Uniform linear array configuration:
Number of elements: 32
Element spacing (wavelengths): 0.75
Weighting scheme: exponential
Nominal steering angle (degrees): -60
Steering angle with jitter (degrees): -59.042
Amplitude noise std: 0.05
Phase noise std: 0.05

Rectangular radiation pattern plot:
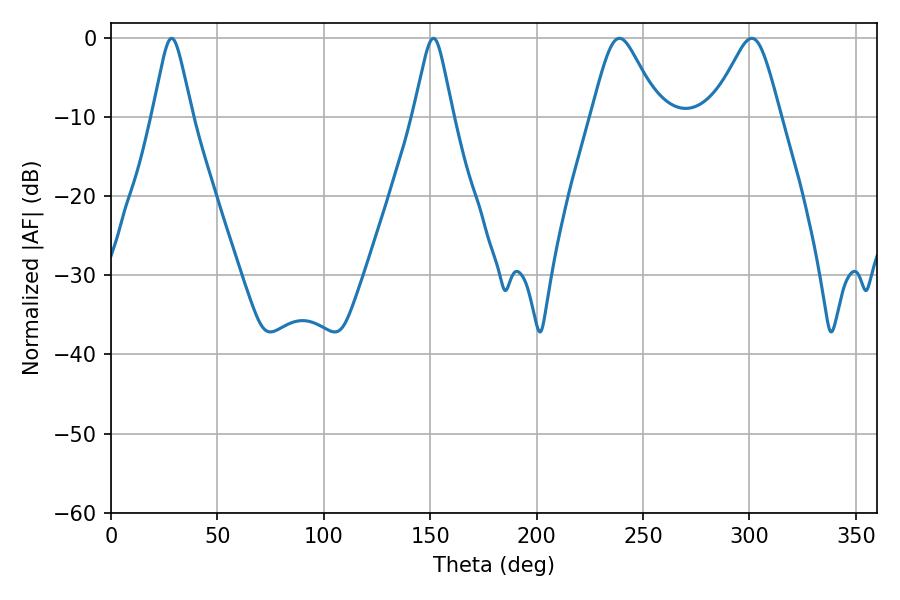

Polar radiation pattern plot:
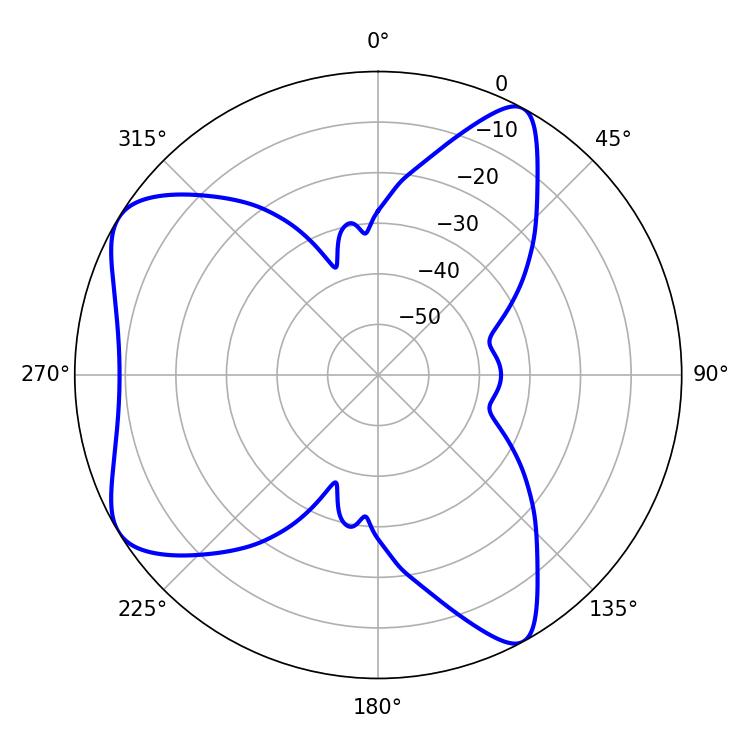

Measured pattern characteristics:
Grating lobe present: TRUE
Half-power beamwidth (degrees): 15.3
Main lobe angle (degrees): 238.86